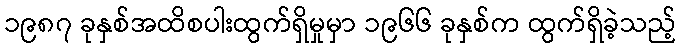
၁၉၈၇ ခုနှစ်အထိစပါးထွက်ရှိမှုမှာ ၁၉၆၆ ခုနှစ်က ထွက်ရှိခဲ့သည့်